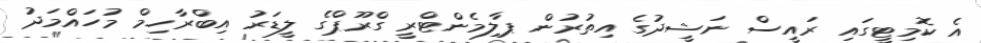
އެ ކޮމިޓީގައި ރައީސް ނަޝީދުގެ އިތުރުން ޕާލިމެންޓްރީ ގްރޫޕްގެ ލީޑަރު އިބްރާހިމް މުހައްމަދު